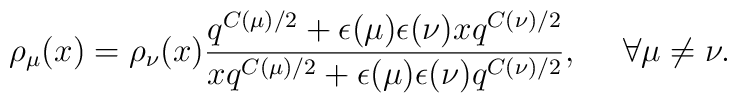
\rho_\mu(x)=\rho_\nu(x)\frac{q^{C(\mu)/2}  + \epsilon(\mu)\epsilon(\nu) xq^{C(\nu)/2} }{xq^{C(\mu)/2}  +\epsilon(\mu)\epsilon(\nu) q^{C(\nu)/2} },~~~~\forall \mu\neq\nu.